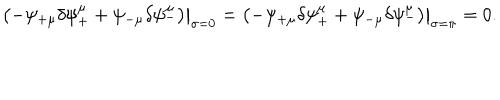
\left. \left( - \psi _ { + \mu } \delta \psi _ { + } ^ { \mu } + \psi _ { - \mu } \delta \psi _ { - } ^ { \mu } \right) \right| _ { \sigma = 0 } = \left. \left( - \psi _ { + \mu } \delta \psi _ { + } ^ { \mu } + \psi _ { - \mu } \delta \psi _ { - } ^ { \mu } \right) \right| _ { \sigma = \pi } = 0 .